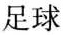
足球